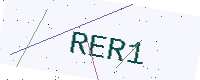
Text: RER1